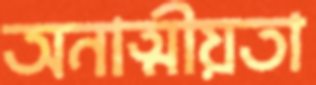
অনাত্মীয়তা